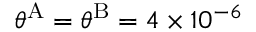
\theta ^ { \mathrm { { A } } } = \theta ^ { \mathrm { { B } } } = 4 \times 1 0 ^ { - 6 }